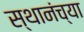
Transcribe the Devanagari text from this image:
स्थानंच्या